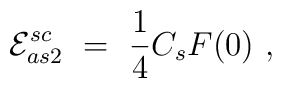
{\cal E}_{as2}^{sc} \ =\ \frac 14 C_s F(0)\ ,